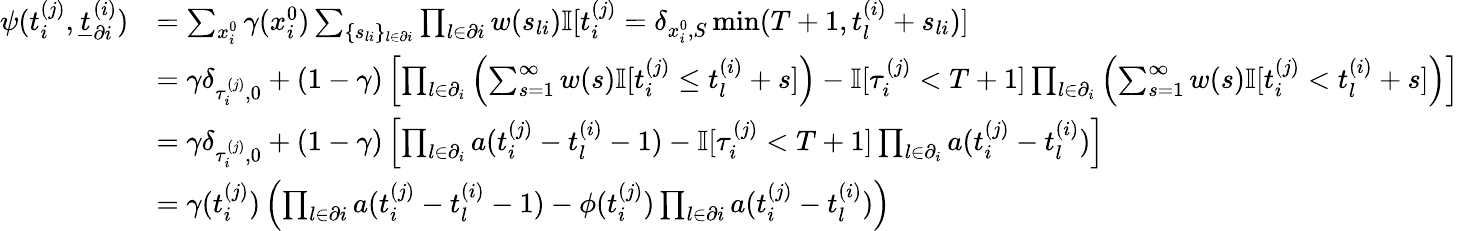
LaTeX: \begin{array}{r}{\begin{array}{rl}{\psi(t_{i}^{(j)},\underline{{t}}_{\partial i}^{(i)})}&{=\sum_{x_{i}^{0}}\gamma(x_{i}^{0})\sum_{\{ s_{li}\} _{l\in\partial i}}\prod_{l\in\partial i}w(s_{li})\mathbb{I}[t_{i}^{(j)}=\delta_{x_{i}^{0},S}\operatorname*{min}(T+1,t_{l}^{(i)}+s_{li})]}\\ &{=\gamma\delta_{\tau_{i}^{(j)},0}+(1-\gamma)\left[\prod_{l\in\partial_{i}}\left(\sum_{s=1}^{\infty}w(s)\mathbb{I}[t_{i}^{(j)}\leq t_{l}^{(i)}+s]\right)-\mathbb{I}[\tau_{i}^{(j)}<T+1]\prod_{l\in\partial_{i}}\left(\sum_{s=1}^{\infty}w(s)\mathbb{I}[t_{i}^{(j)}<t_{l}^{(i)}+s]\right)\right]}\\ &{=\gamma\delta_{\tau_{i}^{(j)},0}+(1-\gamma)\left[\prod_{l\in\partial_{i}}a(t_{i}^{(j)}-t_{l}^{(i)}-1)-\mathbb{I}[\tau_{i}^{(j)}<T+1]\prod_{l\in\partial_{i}}a(t_{i}^{(j)}-t_{l}^{(i)})\right]}\\ &{=\gamma(t_{i}^{(j)})\left(\prod_{l\in\partial i}a(t_{i}^{(j)}-t_{l}^{(i)}-1)-\phi(t_{i}^{(j)})\prod_{l\in\partial i}a(t_{i}^{(j)}-t_{l}^{(i)})\right)}\end{array}}\end{array}